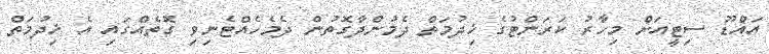
އައްޑޫ ސިޓީއަށް މިހާރު ކަރަންޓުގެ ޚިދުމަތް ދެމުންދާގޮތުން ދެމެހެއްޓެނިވި ގޮތެއްގައި އެ ޚިދުމަތް